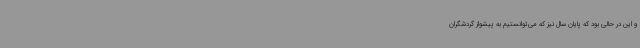
و این در حالی بود که پایان سال نیز که می‌توانستیم به پیشواز گردشگران